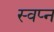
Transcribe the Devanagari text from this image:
स्‍वप्‍न